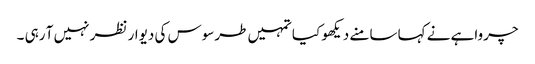
چرواہے نے کہا سامنے دیکھو کیا تمہیں طرسوس کی دیوار نظر نہیں آ رہی ۔